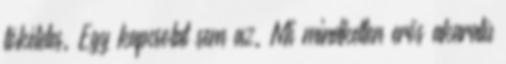
tökéletes. Egy kapcsolat sem az. Mi mindketten erős akaratú